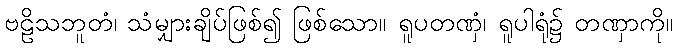
ဗဠိသဘူတံ၊ သံမျှားချိပ်ဖြစ်၍ ဖြစ်သော။ ရူပတဏှံ၊ ရူပါရုံ၌ တဏှာကို။